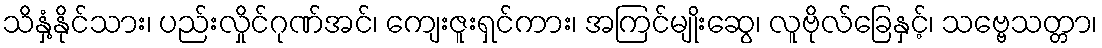
သိနှံ့နိုင်သား၊ ပည်းလှိုင်ဂုဏ်အင်၊ ကျေးဇူးရှင်ကား၊ အကြင်မျိုးဆွေ၊ လူဗိုလ်ခြေနှင့်၊ သဗ္ဗေသတ္တာ၊